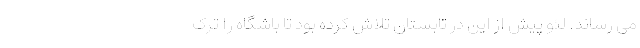
می رساند. لئو پیش از این در تابستان تلاش کرده بود تا باشگاه را ترک